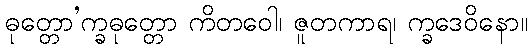
ဓုတ္တော’က္ခဓုတ္တော ကိတဝေါ၊ ဇူတကာရ၊ က္ခဒေဝိနော။